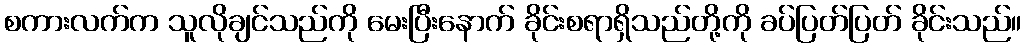
စကားလက်က သူလိုချင်သည်ကို မေးပြီးနောက် ခိုင်းစရာရှိသည်တို့ကို ခပ်ပြတ်ပြတ် ခိုင်းသည်။